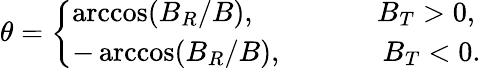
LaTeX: \theta=\left\lbrace\begin{array}{ll}{\operatorname{arccos}(B_{R}/B),~~~~~~~~~~~~~~~~~B_{T}>0,}\\ {-\operatorname{arccos}(B_{R}/B),~~~~~~~~~~~~~~B_{T}<0.}\end{array}\right.